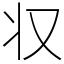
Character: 𠬧